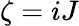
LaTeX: \zeta=iJ